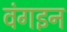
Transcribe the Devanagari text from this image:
वंगइन